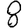
Digit: 8